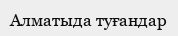
Алматыда туғандар